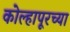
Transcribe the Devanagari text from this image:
कोल्हापूरच्‍या